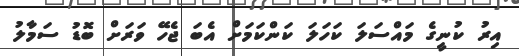
އިރު ކުނީގެ މައްސަލަ ކަހަލަ ކަންކަމަށް އެބަ ޖެހޭ ވަރަށް ބޮޑު ސަމާލު